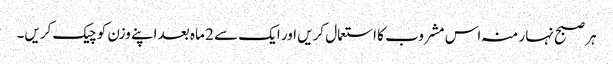
ہر صبح نہار منہ اس مشروب کا استعمال کریں اور ایک سے 2 ماہ بعد اپنے وزن کو چیک کریں۔